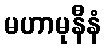
မဟာမုနီနံ